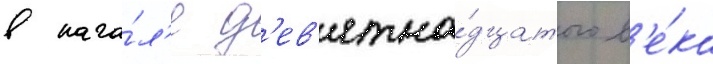
в нача́л'е д'ев'ятна́дцатого в'е́ка